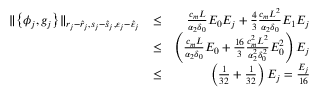
\begin{array} { r l r } { \| \big \{ \phi _ { j } , g _ { j } \big \} \| _ { r _ { j } - \hat { r } _ { j } , s _ { j } - \hat { s } _ { j } , \varepsilon _ { j } - \hat { \varepsilon } _ { j } } } & { \le } & { \frac { c _ { m } L } { \alpha _ { 2 } \delta _ { 0 } } E _ { 0 } { E _ { j } } + \frac { 4 } { 3 } \frac { c _ { m } L ^ { 2 } } { \alpha _ { 2 } \delta _ { 0 } } E _ { 1 } { E _ { j } } } \\ & { \le } & { \left( \frac { c _ { m } L } { \alpha _ { 2 } \delta _ { 0 } } E _ { 0 } + \frac { 1 6 } { 3 } \frac { c _ { m } ^ { 2 } L ^ { 2 } } { \alpha _ { 2 } ^ { 2 } \delta _ { 0 } ^ { 2 } } E _ { 0 } ^ { 2 } \right) { E _ { j } } } \\ & { \le } & { \left( \frac { 1 } { 3 2 } + \frac { 1 } { 3 2 } \right) { E _ { j } } = \frac { E _ { j } } { 1 6 } } \end{array}